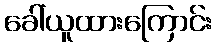
ခေါ်ယူထားကြောင်း